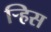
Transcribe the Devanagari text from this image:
र्‍हिस